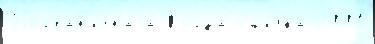
Погран'и́чнаjа Когда́ оши́бка 2001